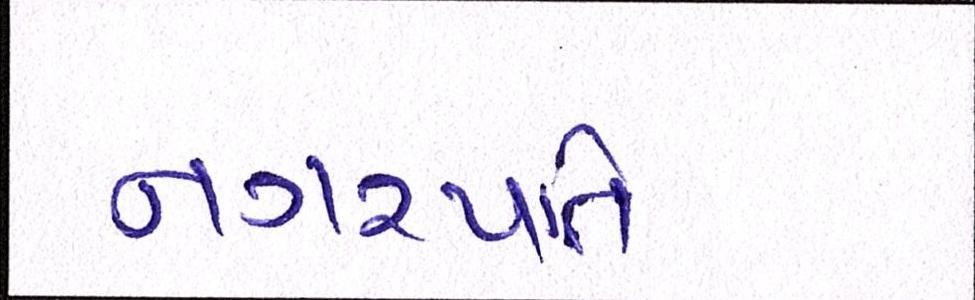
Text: નગરપતિ